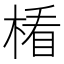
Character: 𣕻